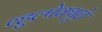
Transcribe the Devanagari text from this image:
व्हुल्पेक्युले